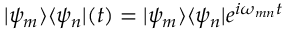
| \psi _ { m } \rangle \langle \psi _ { n } | ( t ) = | \psi _ { m } \rangle \langle \psi _ { n } | e ^ { i \omega _ { m n } t }